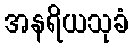
အနရိယသုခံ